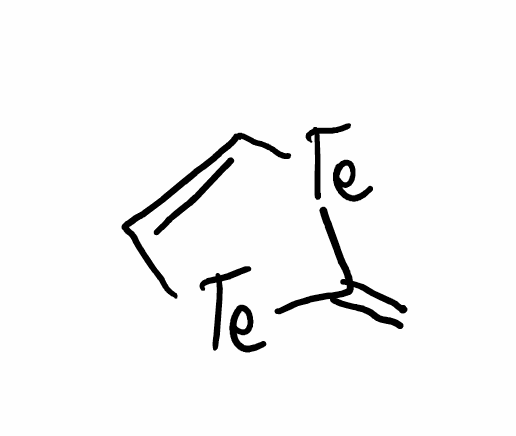
Simplified molecular-input line-entry system (SMILES) notation of the given molecule:
C=C1[Te]C=C[Te]1